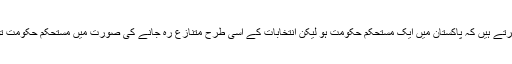
علاقائی اور بین الاقوامی چیلنجز اور بدترین معاشی صورت حال تقاضا کرتے ہیں کہ پاکستان میں ایک مستحکم حکومت ہو لیکن انتخابات کے اسی طرح متنازع رہ جانے کی صورت میں مستحکم حکومت تو دور کی بات ہے ، پاکستان مکمل سیاسی انارکی کی طرف جاسکتا ہے۔